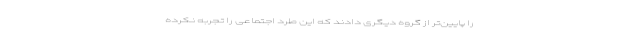
را پایین‌تر از گروه دیگری دادند که این طرد اجتماعی را تجربه نکرده